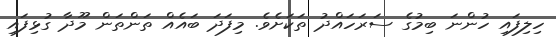
ހިލިފައި ހުންނަ ބިމުގެ ސަރަހައްދު ތަކަށެވެ. މިފަދަ ބައެއް ތަންތަން މޫދާ ގުޅިފައި